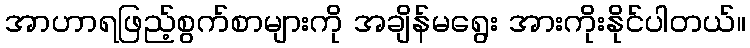
အာဟာရဖြည့်စွက်စာများကို အချိန်မရွေး အားကိုးနိုင်ပါတယ်။